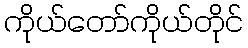
ကိုယ်တော်ကိုယ်တိုင်